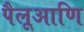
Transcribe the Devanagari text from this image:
पैलूआणि